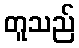
တူသည်